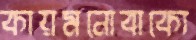
কায়মনোবাক্যে